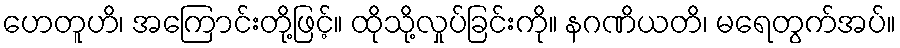
ဟေတူဟိ၊ အကြောင်းတို့ဖြင့်။ ထိုသို့လှုပ်ခြင်းကို။ နဂဏိယတိ၊ မရေတွက်အပ်။